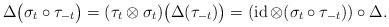
LaTeX: \begin{align*}\Delta\bigl(\sigma_t\circ\tau_{-t}\bigr)=(\tau_t\otimes\sigma_t)\bigl(\Delta(\tau_{-t})\bigr)=(\operatorname{id}\otimes(\sigma_t\circ\tau_{-t}))\circ \Delta.\end{align*}